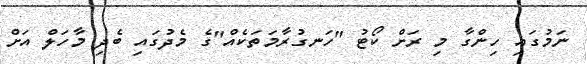
ނަމުގައި ހިންގާ މި ރަށް ކޯޓު "ހަނގުރާމަތަކެއް"ގެ މެދުގައި ބެދި މާހަލް އަށް